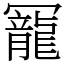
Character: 𠖥